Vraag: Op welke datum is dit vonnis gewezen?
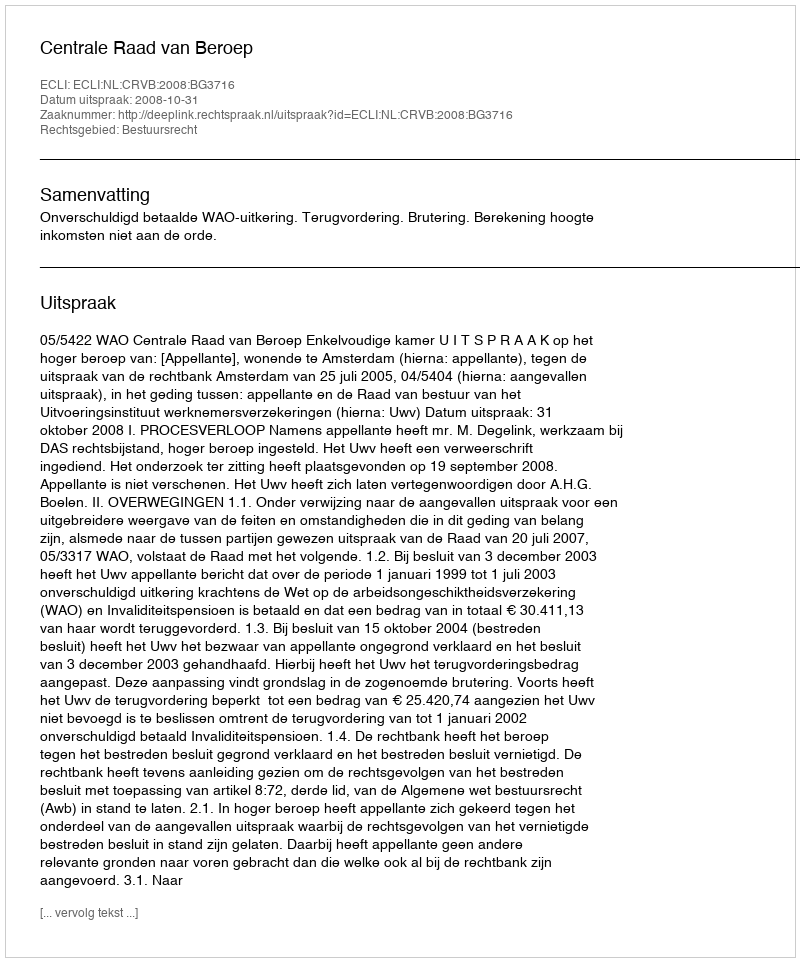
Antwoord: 2008-10-31